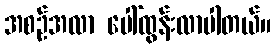
အစဉ်အလာ ပေါ်ထွန်းလာပါတယ်။